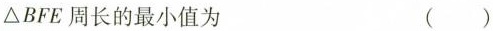
\triangle BFE周长的最小值为 （ ）